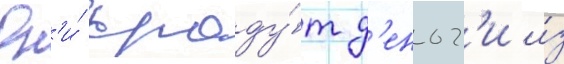
Он'и́ краду́т д'еньг'и и́з